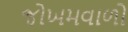
જોખમવાળો